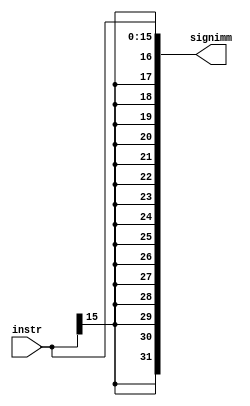
`timescale 1ns / 1ps
//////////////////////////////////////////////////////////////////////////////////
// Company: 
// Engineer: 
// 
// Design Name: 
// Module Name: sign_extend
// Project Name: 
// Target Devices: 
// Tool Versions: 
// Description: 
// 
// Dependencies: 
// 
// Revision:
// Revision 0.01 - File Created
// Additional Comments:
// 
//////////////////////////////////////////////////////////////////////////////////


module sign_extend(
  input [15:0] instr ,
  output [31:0] signimm 
    );
 
  assign  signimm  = {{16{instr[15]}} , instr[15:0]} ;
  
endmodule